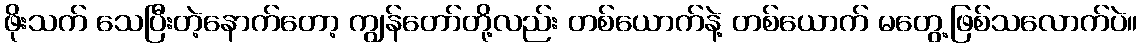
ဖိုးသက် သေပြီးတဲ့နောက်တော့ ကျွန်တော်တို့လည်း တစ်ယောက်နဲ့ တစ်ယောက် မတွေ့ဖြစ်သလောက်ပဲ။